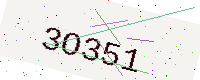
Text: 3O351